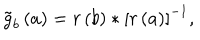
\tilde { g } _ { b } \left( a \right) = r \left( b \right) * \left[ r \left( a \right) \right] ^ { - 1 } ,